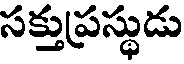
సక్తుప్రస్థుడు